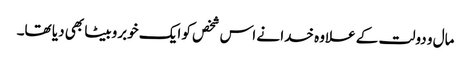
مال و دولت کے علاوہ خدا نے اس شخص کو ایک خوبروبیٹا بھی دیا تھا۔